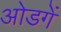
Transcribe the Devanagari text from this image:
ओडगें